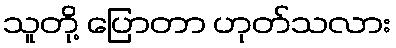
သူတို့ ပြောတာ ဟုတ်သလား